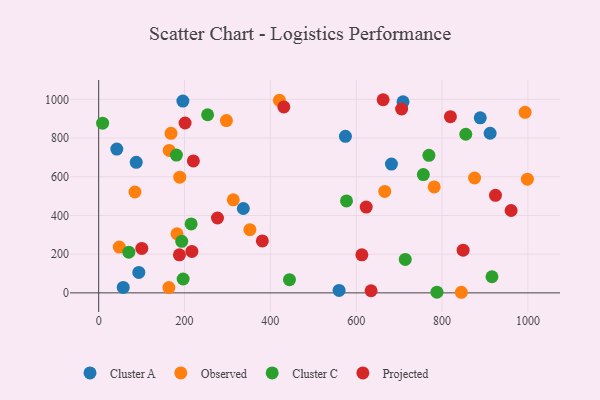
{"axis": {"x": "Engine Size", "y": "Salary"}, "legend": ["Cluster A", "Cluster C", "Observed", "Projected"], "data": [{"x": "889.0", "y": 904.5, "type": "Cluster A"}, {"x": "912.0", "y": 824.9, "type": "Cluster A"}, {"x": "93.5", "y": 105.7, "type": "Cluster A"}, {"x": "196.2", "y": 991.2, "type": "Cluster A"}, {"x": "57.2", "y": 28.0, "type": "Cluster A"}, {"x": "42.2", "y": 743.3, "type": "Cluster A"}, {"x": "337.0", "y": 435.9, "type": "Cluster A"}, {"x": "87.5", "y": 674.7, "type": "Cluster A"}, {"x": "682.1", "y": 665.7, "type": "Cluster A"}, {"x": "560.1", "y": 12.9, "type": "Cluster A"}, {"x": "574.9", "y": 808.9, "type": "Cluster A"}, {"x": "709.1", "y": 987.0, "type": "Cluster A"}, {"x": "84.5", "y": 521.2, "type": "Observed"}, {"x": "875.8", "y": 593.5, "type": "Observed"}, {"x": "164.3", "y": 736.0, "type": "Observed"}, {"x": "993.5", "y": 933.1, "type": "Observed"}, {"x": "998.8", "y": 587.6, "type": "Observed"}, {"x": "163.6", "y": 27.6, "type": "Observed"}, {"x": "48.0", "y": 236.6, "type": "Observed"}, {"x": "182.5", "y": 305.6, "type": "Observed"}, {"x": "188.9", "y": 598.1, "type": "Observed"}, {"x": "297.6", "y": 890.3, "type": "Observed"}, {"x": "168.5", "y": 824.4, "type": "Observed"}, {"x": "781.7", "y": 547.6, "type": "Observed"}, {"x": "352.3", "y": 326.8, "type": "Observed"}, {"x": "313.6", "y": 480.6, "type": "Observed"}, {"x": "666.5", "y": 524.1, "type": "Observed"}, {"x": "844.9", "y": 3.1, "type": "Observed"}, {"x": "421.1", "y": 995.0, "type": "Observed"}, {"x": "181.1", "y": 712.3, "type": "Cluster C"}, {"x": "916.3", "y": 83.2, "type": "Cluster C"}, {"x": "215.4", "y": 356.1, "type": "Cluster C"}, {"x": "714.3", "y": 173.1, "type": "Cluster C"}, {"x": "577.4", "y": 475.2, "type": "Cluster C"}, {"x": "70.2", "y": 210.1, "type": "Cluster C"}, {"x": "253.8", "y": 920.4, "type": "Cluster C"}, {"x": "444.5", "y": 68.3, "type": "Cluster C"}, {"x": "9.2", "y": 876.8, "type": "Cluster C"}, {"x": "788.1", "y": 3.4, "type": "Cluster C"}, {"x": "193.5", "y": 266.5, "type": "Cluster C"}, {"x": "855.3", "y": 819.8, "type": "Cluster C"}, {"x": "756.4", "y": 611.5, "type": "Cluster C"}, {"x": "769.4", "y": 710.7, "type": "Cluster C"}, {"x": "196.8", "y": 71.8, "type": "Cluster C"}, {"x": "100.5", "y": 229.9, "type": "Projected"}, {"x": "613.2", "y": 196.6, "type": "Projected"}, {"x": "924.5", "y": 503.9, "type": "Projected"}, {"x": "705.8", "y": 950.1, "type": "Projected"}, {"x": "623.3", "y": 443.5, "type": "Projected"}, {"x": "819.5", "y": 910.7, "type": "Projected"}, {"x": "381.3", "y": 268.2, "type": "Projected"}, {"x": "220.6", "y": 681.7, "type": "Projected"}, {"x": "201.3", "y": 877.7, "type": "Projected"}, {"x": "188.1", "y": 196.6, "type": "Projected"}, {"x": "849.1", "y": 220.7, "type": "Projected"}, {"x": "431.4", "y": 961.0, "type": "Projected"}, {"x": "276.8", "y": 386.8, "type": "Projected"}, {"x": "960.9", "y": 425.7, "type": "Projected"}, {"x": "662.7", "y": 998.1, "type": "Projected"}, {"x": "217.1", "y": 214.2, "type": "Projected"}, {"x": "634.6", "y": 10.9, "type": "Projected"}]}